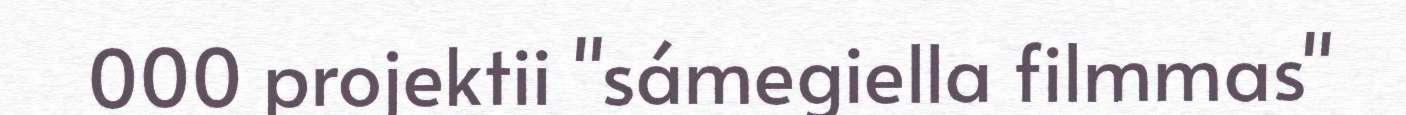
000 projektii "sámegiella filmmas"